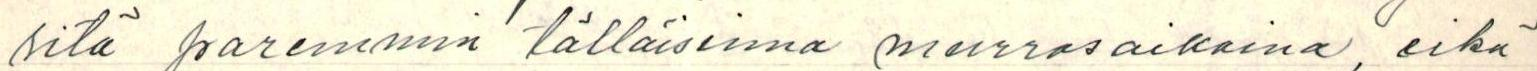
sitä paremmin tälläisinna murrosaikoina, eikä